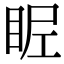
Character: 𥅣